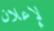
لإعلان